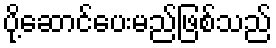
ပို့ဆောင်ပေးမည်ဖြစ်သည်